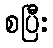
စပြီး